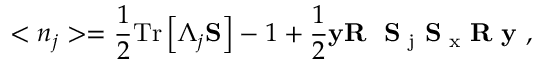
< n _ { j } > = \frac 1 2 \mathrm { T } \mathrm { r } \left[ \Lambda _ { j } { \bf S } \right] - 1 + \frac 1 2 { \bf y } { \bf R } \mathrm { ~ { \bf ~ S } \Lambda _ { j } { \bf ~ S } \Sigma _ { x } { \bf ~ R } { \bf ~ y } ~ } ,